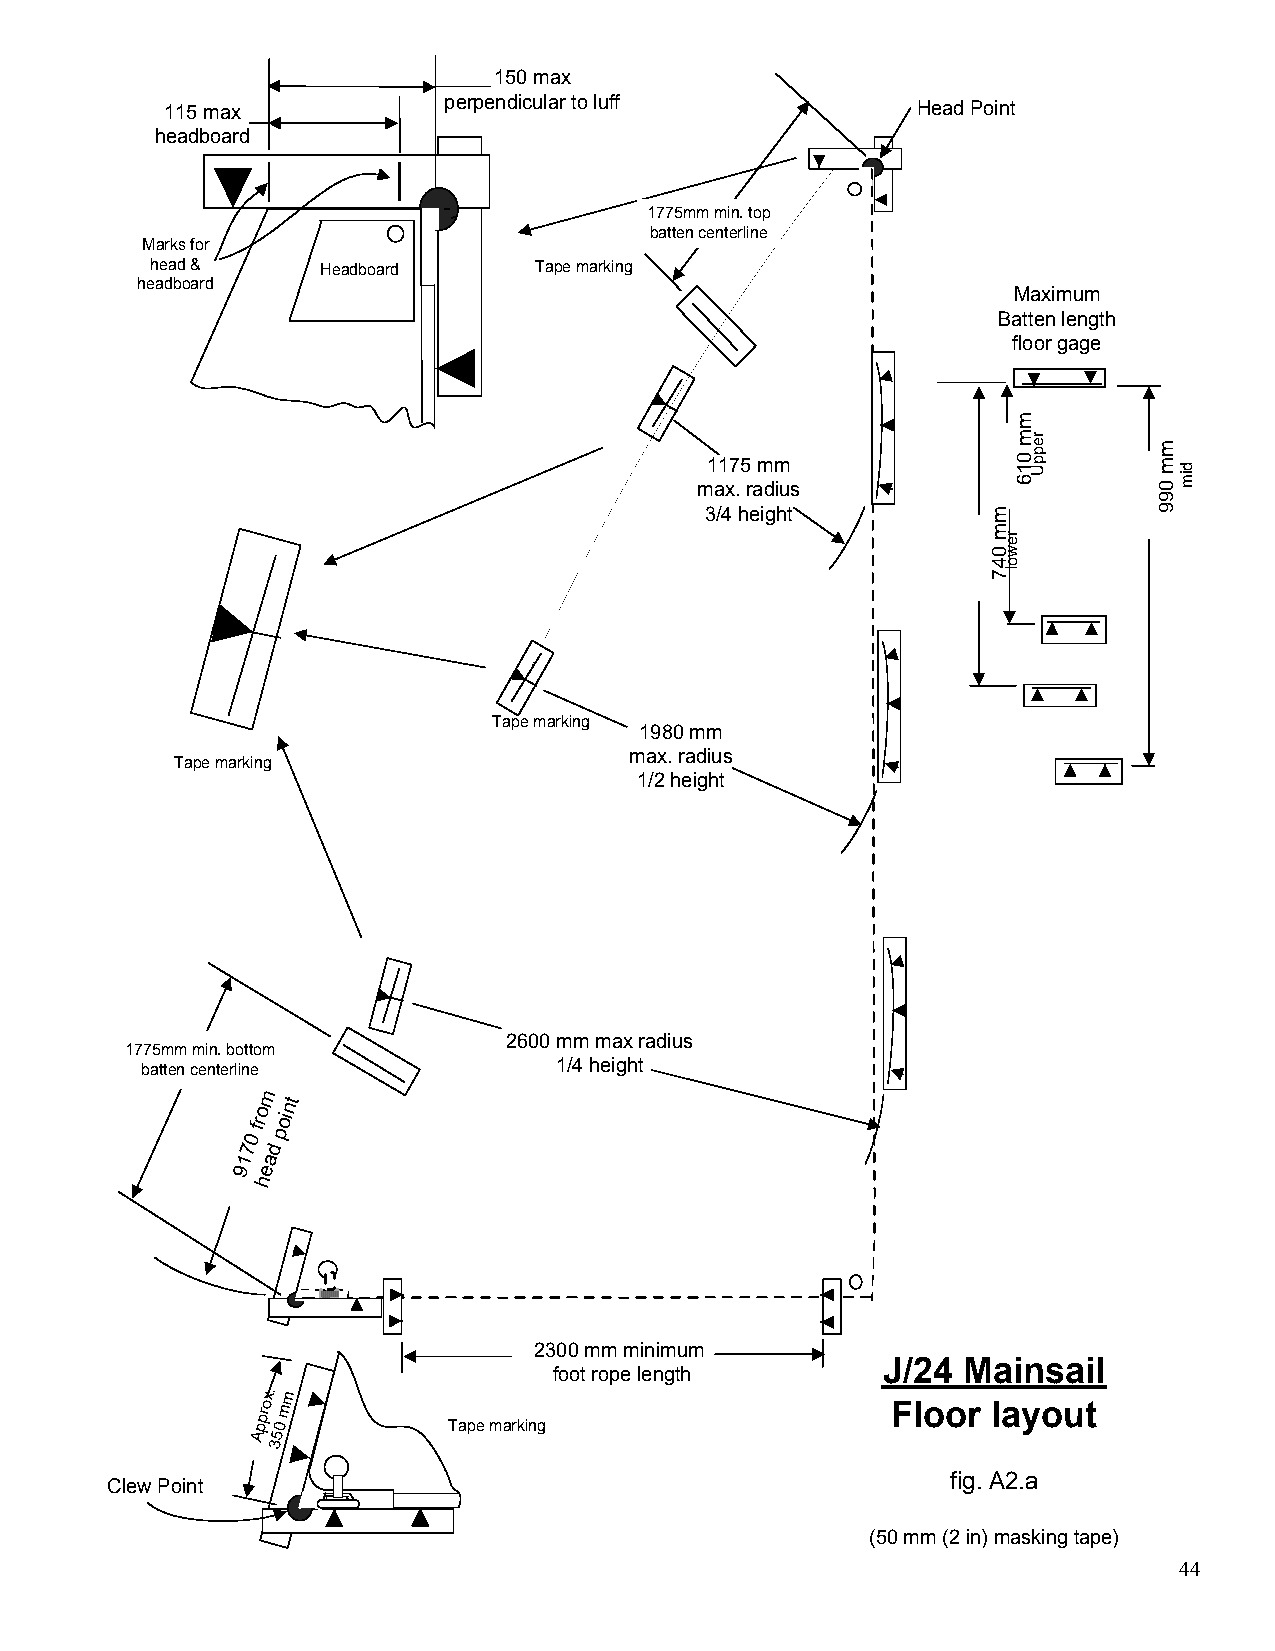
150 max
 perpendicular to luff
 115 max                                           Head Point
 headboard
 1775mm min. top
 batten centerline
 Marks for
 head &     Headboard     Tape marking
 headboard
 Maximum
 Batten length
 floor gage
 1175 mm
 max. radius
 3/4 height
 Tape marking
 1980 mm
 max. radius
 Tape marking
 1/2 height
 2600 mm max radius
 1775mm min. bottom
 batten centerline           1/4 height
 m
 o
 nt
 70
 fr
 d
 poi
 1 a
 9 e
 h
 2300 mm minimum
 J/24  Mainsail
 foot rope length
 x.m
 ppro
 0
 m
 Tape marking
 Floor  layout
 A 5
 3
 fig. A2.a
 Clew Point
 (50 mm (2 in) masking tape)
 44
 mm
 047
 rewol
 mm
 016
 reppU
 mm
 099
 dim